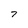
Character: 7